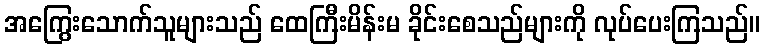
အကြွေးသောက်သူများသည် ထေကြီးမိန်းမ ခိုင်းစေသည်များကို လုပ်ပေးကြသည်။